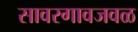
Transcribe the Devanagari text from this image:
सावरगावजवळ